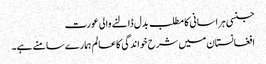
جنسی ہراسانی کا مطلب بدل ڈالنے والی عورت
افغانستان میں شرح خواندگی کاعالم ہمارے سامنے ہے۔